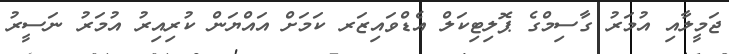
ޖަމީލާއި އުމަރު ގާސިމްގެ ޕޮލިޓިކަލް އެޑްވައިޒަރ ކަމަށް އައްޔަން ކުރިއިރު އުމަރު ނަސީރު